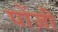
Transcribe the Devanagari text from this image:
पोंज़ी